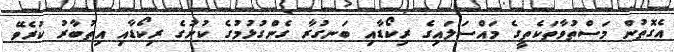
އެގޮތުން މަސްތުވާތަކެތީގެ މައްސަލައިގެ ރިކޯޑާއި ބަނގުރާ ގެންގުޅުމުގެ ކުށުގެ ރިކޯޑާއި އިތުބާރު ކުރެވޭ